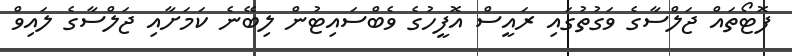
ފޮޓޯތައް ޖަލްސާގެ ވަގުތުގައި ރައީސް އޮފީހުގެ ވެބްސައިޓުން ލިބޭނެ ކަމަށާއި ޖަލްސާގެ ލައިވް